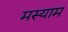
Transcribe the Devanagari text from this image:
मस्याम